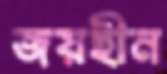
জয়হীন